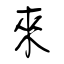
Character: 來